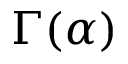
\Gamma ( \alpha )